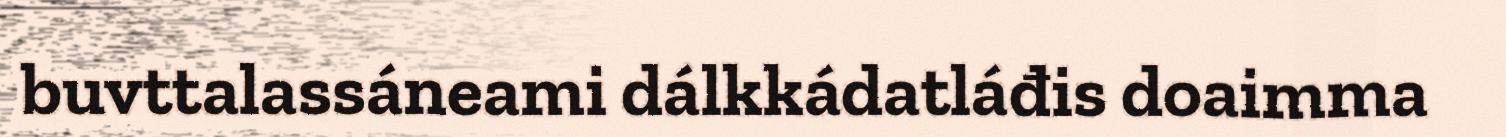
buvttalassáneami dálkkádatláđis doaimma